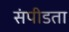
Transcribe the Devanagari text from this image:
संपीडता